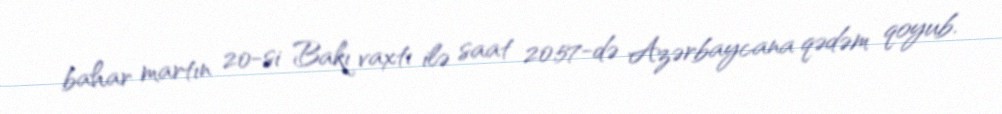
bahar martın 20-si Bakı vaxtı ilə saat 20:57-də Azərbaycana qədəm qoyub.